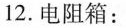
12.电阻箱：